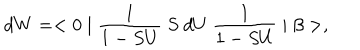
d W = < 0 \mid \frac { 1 } { 1 - S U } ~ S ~ d U ~ \frac { 1 } { 1 - S U } \mid \beta > ,